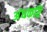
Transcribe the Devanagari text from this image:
अंधकवि